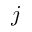
j